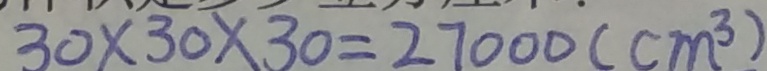
3 0 \times 3 0 \times 3 0 = 2 7 0 0 0 ( c m ^ { 3 } )